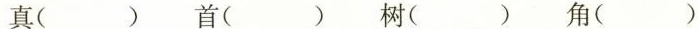
真( ) 首( ) 树( ) 角( )